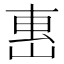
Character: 𡸸